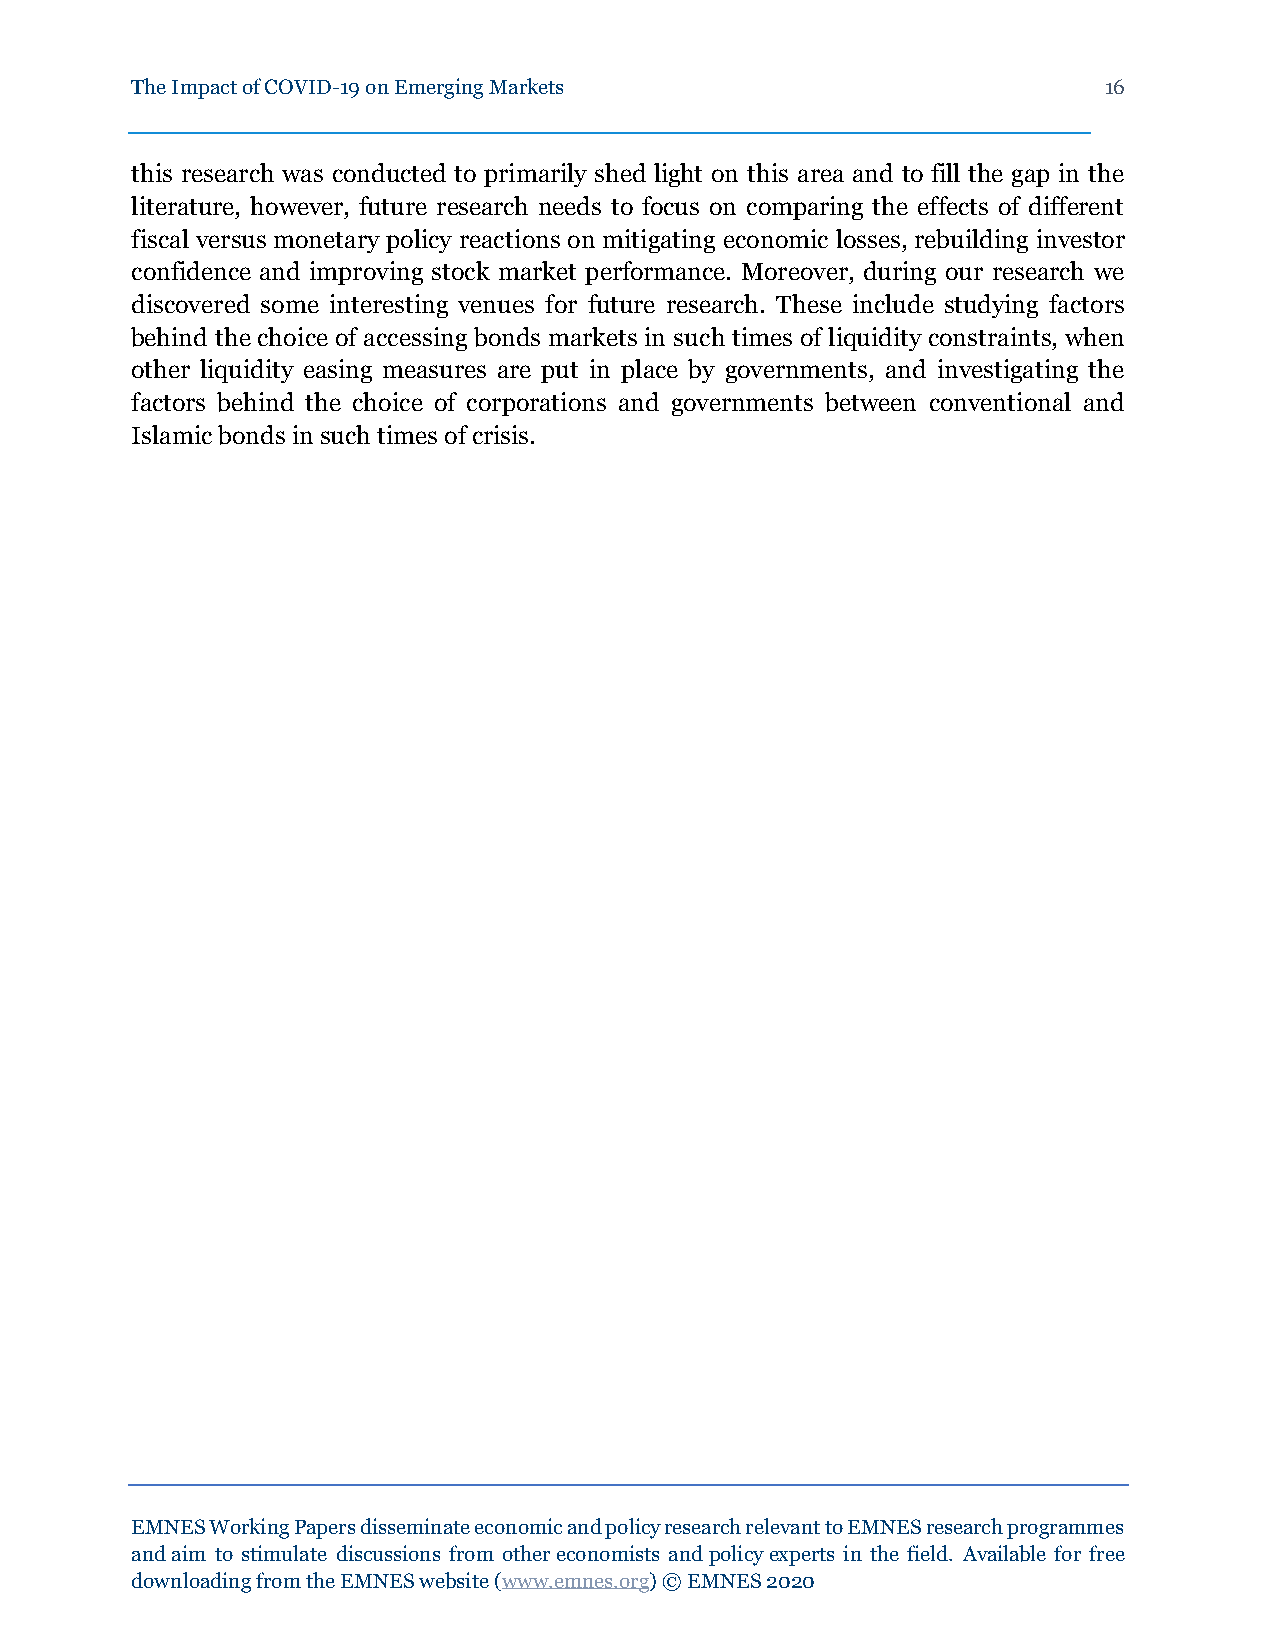
The Impact of COVID-19 on Emerging Markets                      16
 this research was conducted to primarily shed light on this area and to fill the gap in the
 literature, however, future research needs to focus on comparing the effects of different
 fiscal versus monetary policy reactions on mitigating economic losses, rebuilding investor
 confidence and improving stock market performance. Moreover, during our research we
 discovered some interesting venues for future research. These include studying factors
 behind the choice of accessing bonds markets in such times of liquidity constraints, when
 other liquidity easing measures are put in place by governments, and investigating the
 factors behind the choice of corporations and governments between conventional and
 Islamic bonds in such times of crisis.
 EMNES Working Papers disseminate economic and policy research relevant to EMNES research programmes
 and aim to stimulate discussions from other economists and policy experts in the field. Available for free
 downloading from the EMNES website (www.emnes.org) © EMNES 2020